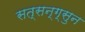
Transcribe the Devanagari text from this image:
सत्सन्ग्सुन